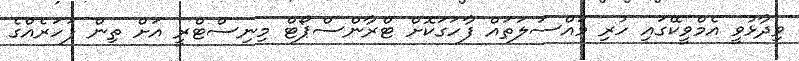
ވިދާޅުވީ އެމްވީކޭގައި ހުރި މައްސަލަތައް ފާހަގަކޮށް ޓްރާންސްޕޯޓް މިނިސްޓްރީ އަށް ތިން ފަހަރެއްގެ